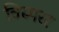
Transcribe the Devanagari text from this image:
विस्परर